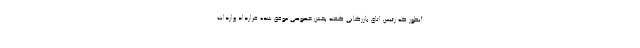
آنطور که رئیس اتاق بازرگانی گفته بخش خصوصی موفق شده قرارداد واردات